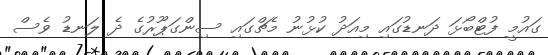
ގައުމީ ފުޓްބޯޅަ ދަނޑުގައި މިއަދު ކުޅުނު މެޗްގައި ސިންގަޕޫރުގެ ދެ ލަނޑު ވެސް